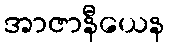
အာဇာနီယေန